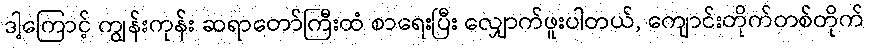
ဒါ့ကြောင့် ကျွန်းကုန်း ဆရာတော်ကြီးထံ စာရေးပြီး လျှောက်ဖူးပါတယ်, ကျောင်းတိုက်တစ်တိုက်